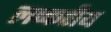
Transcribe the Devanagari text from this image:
लष्करीय